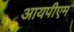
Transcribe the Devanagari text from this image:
आयपीएम